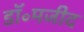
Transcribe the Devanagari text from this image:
डॉ॰मजीद